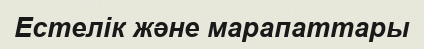
Естелік және марапаттары